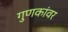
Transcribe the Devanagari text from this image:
गुणकांवर